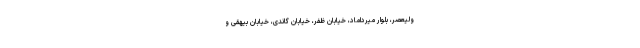
ولیعصر، بلوار میرداماد، خیابان ظفر، خیابان گاندی، خیابان بیهقی و